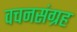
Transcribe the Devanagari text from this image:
वचनसंग्रह